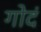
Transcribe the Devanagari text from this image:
गोदं